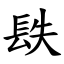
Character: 镻